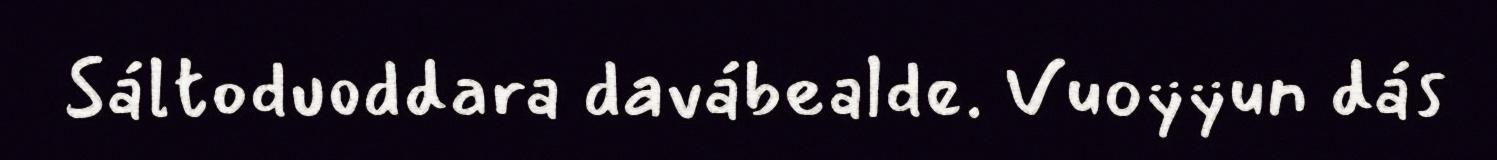
Sáltoduoddara davábealde. Vuoÿÿun dás